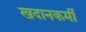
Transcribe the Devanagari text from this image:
खदानकर्मी